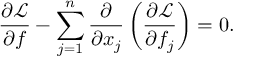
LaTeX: { \frac { \partial { \mathcal { L } } } { \partial f } } - \sum _ { j = 1 } ^ { n } { \frac { \partial } { \partial x _ { j } } } \left( { \frac { \partial { \mathcal { L } } } { \partial f _ { j } } } \right) = 0 .